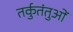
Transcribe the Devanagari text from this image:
तर्कुतंतुओं